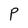
Character: P